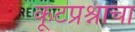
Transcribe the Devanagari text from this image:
कूटप्रश्नाचा